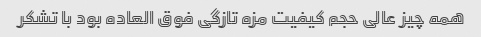
همه چیز عالی حجم کیفیت مزه تازگی فوق العاده بود با تشکر